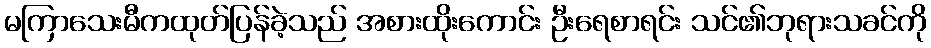
မကြာသေးမီကထုတ်ပြန်ခဲ့သည် အစားထိုးကောင်း ဦးရေစာရင်း သင်၏ဘုရားသခင်ကို